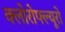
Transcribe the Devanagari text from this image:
क्लोरोफ्ल्यूरो